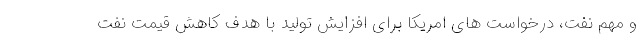
و مهم نفت، درخواست های امریکا برای افزایش تولید با هدف کاهش قیمت نفت